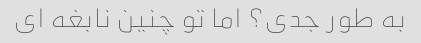
به طور جدی؟ اما تو چنین نابغه ای